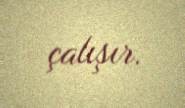
çalışır.